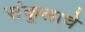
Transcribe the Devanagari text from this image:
संकूलाचे